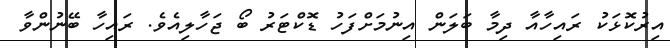
އިރުކޮޅަކު ރައިހާއާ ދިމާ ބަލަން އިނުމަށްފަހު ޑޮކްޓަރު ބޯ ޖަހާލިއެވެ. ރައިހާ ބޭނުންވާ